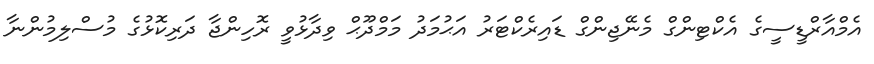
އެމްއާރްޑީސީގެ އެކްޓިންގް މެނޭޖިންގް ޑައިރެކްޓަރު އަޙުމަދު މަމްދޫޙް ވިދާޅުވީ ރޮހިންޖާ ދަރިކޮޅުގެ މުސްލިމުންނާ